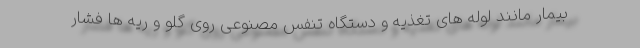
بیمار مانند لوله های تغذیه و دستگاه تنفس مصنوعی روی گلو و ریه ها فشار